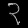
Digit: ၃